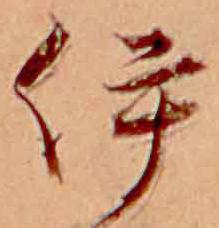
伊